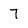
Character: 7